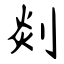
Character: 剡